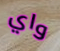
واي